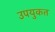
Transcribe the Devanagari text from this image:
उपयुकत